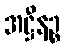
အဋ္ဌီနဉ္စ